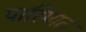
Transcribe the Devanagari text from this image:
पारिणत